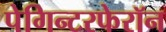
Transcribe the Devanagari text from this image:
पेगिन्टरफेरॉन